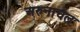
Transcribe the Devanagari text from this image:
अरुनाचल